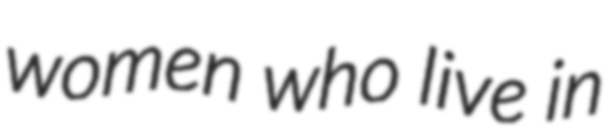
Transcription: women who live in